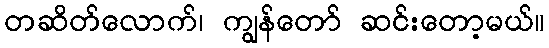
တဆိတ်လောက်၊ ကျွန်တော် ဆင်းတော့မယ်။